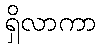
ရှိလာကာ